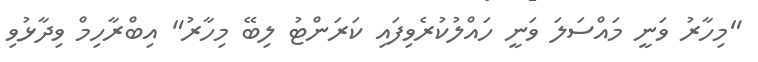
"މިހާރު ވަނީ މައްސަލަ ވަނީ ހައްލުކުރެވިފައި ކަރަންޓު ލިބޭ މިހާރު" އިބްރާހިމް ވިދާޅުވި